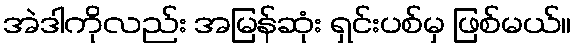
အဲဒါကိုလည်း အမြန်ဆုံး ရှင်းပစ်မှ ဖြစ်မယ်။